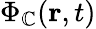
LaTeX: \Phi_{\mathbb{C}}({\mathbf{r}},t)